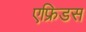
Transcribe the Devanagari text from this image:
एफ्रिडस